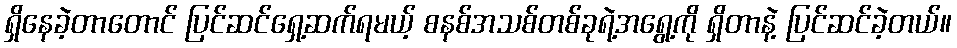
ရှိနေခဲ့တာတောင် ပြင်ဆင်ရှေ့ဆက်ရမယ့် စနစ်အသစ်တစ်ခုရဲ့အရွေ့ကို ရှိတာနဲ့ ပြင်ဆင်ခဲ့တယ်။